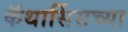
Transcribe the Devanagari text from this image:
कॅथार्सिसच्या